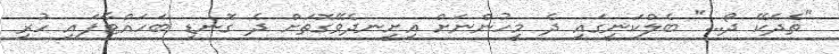
"ތެދެކޭ ދޯ..." ބެލްކަނީގައި ދެ މީހުންނަށް އިށީނދެވޭގޮތަށް ދެ ގޮނޑި ބަހައްޓާފައި ހުރި